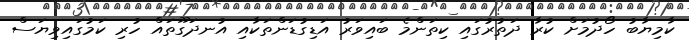
ކާމިޔާބު ހޯދުމަށް ކުރާ ދަތުރުގައި ކިތަންމެ ބައިވަރު އަޑިގުޑަންތަކާއި އުނދަގޫތައް ހުރި ކަމުގައިވިޔަސް